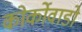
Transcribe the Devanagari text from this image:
कोर्कोवाडो